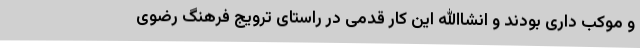
و موکب داری بودند و انشاالله این کار قدمی در راستای ترویج فرهنگ رضوی